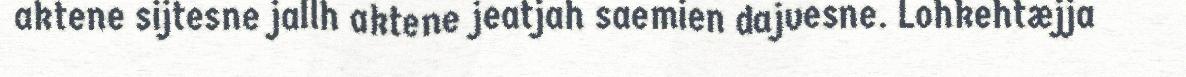
aktene sijtesne jallh aktene jeatjah saemien dajvesne. Lohkehtæjja